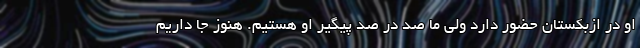
او در ازبکستان حضور دارد ولی ما صد در صد پیگیر او هستیم. هنوز جا داریم